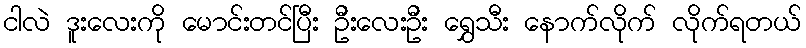
ငါလဲ ဒူးလေးကို မောင်းတင်ပြီး ဦးလေးဦး ရွှေသီး နောက်လိုက် လိုက်ရတယ်